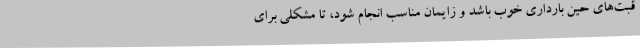
قبت‌های حین بارداری خوب باشد و زایمان مناسب انجام شود، تا مشکلی برای